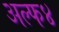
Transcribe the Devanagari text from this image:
अल्फ४